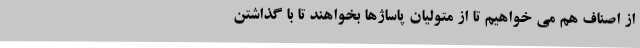
از اصناف هم می خواهیم تا از متولیان پاساژها بخواهند تا با گذاشتن